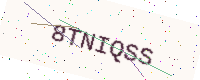
Text: 8TNIQSS